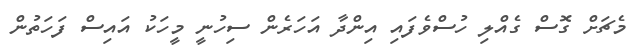
މެޗަށް ގޮސް ގެއްލި ހުސްވެފައި އިންދާ އަހަރެން ސިހުނީ މީހަކު އައިސް ފަހަތުން